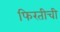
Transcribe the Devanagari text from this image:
फिरतीची